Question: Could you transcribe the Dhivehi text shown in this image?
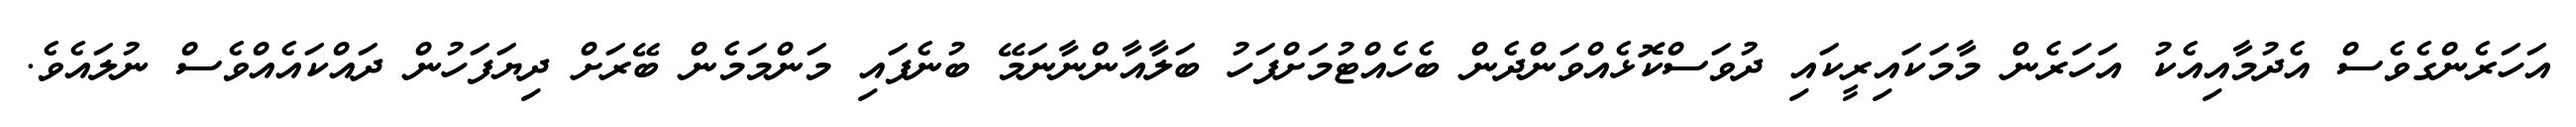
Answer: އަހަރެންގެވެސް އެދުމާއިއެކު އަހަރެން މާމަކައިރީކައި ދުވަސްކޮޅެއްވަންދެން ބެހެއްޓުމަށްފަހު ބަލާއާންނާނަމޭ ބުނެފައި މަންމަމެން ބޭރަށް ދިޔަފަހުން ދައްކައެއްވެސް ނުލައެވެ.